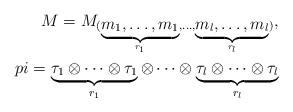
LaTeX: \begin{align*}M=M_{(\underbrace{m_1,\dots,m_1}_{r_1},\dots,\underbrace{m_l,\dots,m_l}_{r_l})},\\pi=\underbrace{\tau_1\otimes\dots\otimes\tau_1}_{r_1}\otimes\dots\otimes\underbrace{\tau_l\otimes\dots\otimes\tau_l}_{r_l}\end{align*}